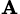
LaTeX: _\mathbf{A}